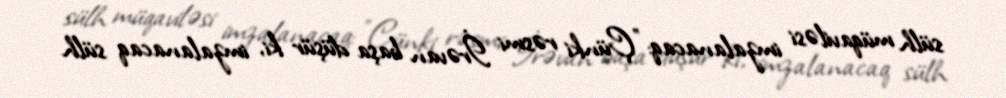
sülh müqaviləsi imzalanacaq: "Çünki rəsmi İrəvan başa düşür ki, imzalanacaq sülh